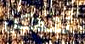
نتمكن